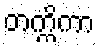
တက္ကိကာ